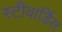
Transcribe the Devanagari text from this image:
स्‍टीवार्डिस